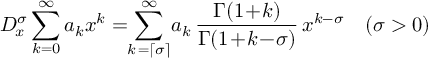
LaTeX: D _ { \! x } ^ { \sigma } \sum _ { k = 0 } ^ { \infty } a _ { k } x ^ { k } = \! \! \sum _ { k \, = \left\lceil \sigma \right\rceil } ^ { \infty } \! a _ { k } \, \frac { \Gamma ( 1 \! + \! k ) } { \Gamma ( 1 \! + \! k \! - \! \sigma ) } \, x ^ { k - \sigma } \quad ( \sigma > 0 )